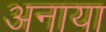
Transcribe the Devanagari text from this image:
अनाया